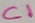
Text: C1